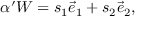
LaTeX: \alpha ^ { \prime } W = s _ { 1 } \vec { e } _ { 1 } + s _ { 2 } \vec { e } _ { 2 } ,